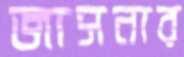
জাসনার